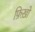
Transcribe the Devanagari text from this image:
फ़िख़ों